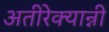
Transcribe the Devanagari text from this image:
अतीरेक्यान्नी